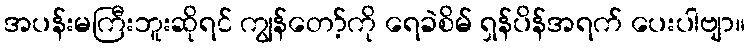
အပန်းမကြီးဘူးဆိုရင် ကျွန်တော့်ကို ရေခဲစိမ် ရှန်ပိန်အရက် ပေးပါဗျာ။